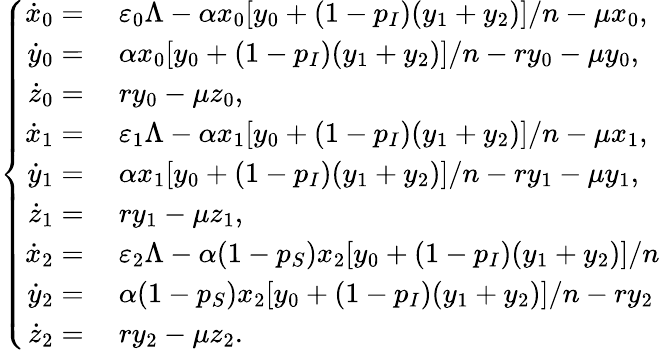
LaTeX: \left\{ \begin{array}{rl}{\dot{x}_{0}=}&{{}~\varepsilon_{0}\Lambda-\alpha x_{0}[y_{0}+(1-p_{I})(y_{1}+y_{2})]/n-\mu x_{0},}\\ {\dot{y}_{0}=}&{{}~\alpha x_{0}[y_{0}+(1-p_{I})(y_{1}+y_{2})]/n-ry_{0}-\mu y_{0},}\\ {\dot{z}_{0}=}&{{}~ry_{0}-\mu z_{0},}\\ {\dot{x}_{1}=}&{{}~\varepsilon_{1}\Lambda-\alpha x_{1}[y_{0}+(1-p_{I})(y_{1}+y_{2})]/n-\mu x_{1},}\\ {\dot{y}_{1}=}&{{}~\alpha x_{1}[y_{0}+(1-p_{I})(y_{1}+y_{2})]/n-ry_{1}-\mu y_{1},}\\ {\dot{z}_{1}=}&{{}~ry_{1}-\mu z_{1},}\\ {\dot{x}_{2}=}&{{}~\varepsilon_{2}\Lambda-\alpha(1-p_{S})x_{2}[y_{0}+(1-p_{I})(y_{1}+y_{2})]/n}\\ {\dot{y}_{2}=}&{{}~\alpha(1-p_{S})x_{2}[y_{0}+(1-p_{I})(y_{1}+y_{2})]/n-ry_{2}}\\ {\dot{z}_{2}=}&{{}~ry_{2}-\mu z_{2}.}\end{array}\right.